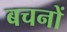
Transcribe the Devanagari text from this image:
बचनों